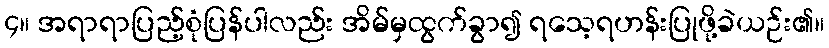
၄။ အရာရာပြည့်စုံပြန်ပါလည်း အိမ်မှထွက်ခွာ၍ ရသေ့ရဟန်းပြုဖို့ခဲယဉ်း၏။